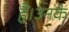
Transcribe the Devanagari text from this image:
हैं।उनके